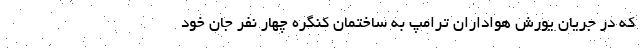
که در جریان یورش هواداران ترامپ به ساختمان کنگره چهار نفر جان خود